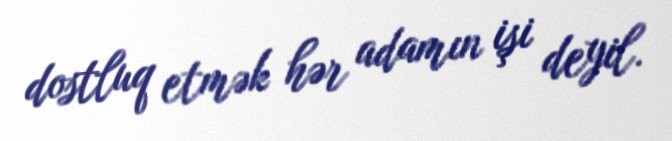
dostluq etmək hər adamın işi deyil.